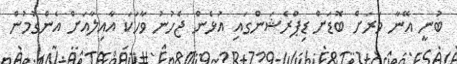
ބުނީ އޭނާ ވަރަށް ބޮޑަށް ޑިޕްރެޝަންގައި އުޅެން ޖެހުނު ވާހަކަ އާއިލާއަށް އެންގުމުން